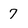
Character: 7